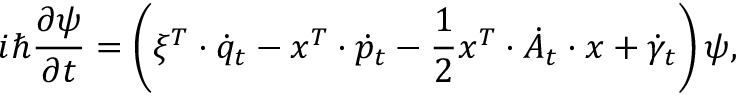
i \hbar \frac { \partial \psi } { \partial t } = \left( \xi ^ { T } \cdot \dot { q } _ { t } - x ^ { T } \cdot \dot { p } _ { t } - \frac { 1 } { 2 } x ^ { T } \cdot \dot { A } _ { t } \cdot x + \dot { \gamma } _ { t } \right) \psi ,